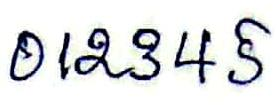
012345